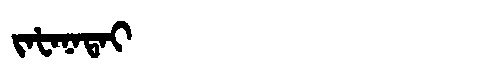
Manchu: ᠵᠠᡶᠠᠨᠠᡨᠠᡳ
Romanization: JAFANATAI